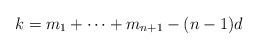
LaTeX: \begin{align*}k=m_{1}+\dots+m_{n+1}-(n-1)d\end{align*}